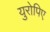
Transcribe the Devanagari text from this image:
युरोपिए